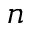
n